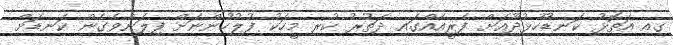
ގއ އަތޮޅު ކަނޑުހުޅުދޫއަށް ފެރީއެއްގައި ދަތުރު ކުރި މީހަކު ފުލުހުންނަށް ފިލަންވެގެން ކަނޑަށް